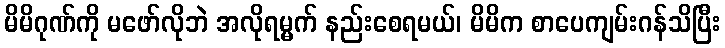
မိမိဂုဏ်ကို မဖော်လိုဘဲ အလိုရမ္မက် နည်းစေရမယ်၊ မိမိက စာပေကျမ်းဂန်သိပြီး